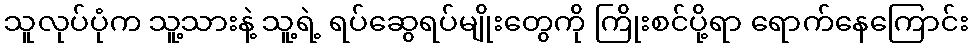
သူလုပ်ပုံက သူ့သားနဲ့ သူ့ရဲ့ ရပ်ဆွေရပ်မျိုးတွေကို ကြိုးစင်ပို့ရာ ရောက်နေကြောင်း